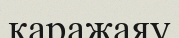
қаражаяу